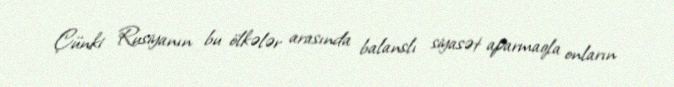
Çünki Rusiyanın bu ölkələr arasında balanslı siyasət aparmaqla onların